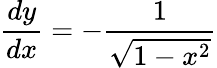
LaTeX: {\frac{dy}{dx}}=-{\frac{1}{\sqrt{1-x^{2}}}}